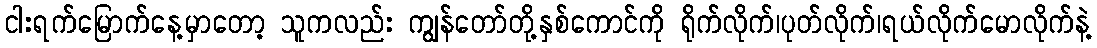
ငါးရက်မြောက်နေ့မှာတော့ သူကလည်း ကျွန်တော်တို့နှစ်ကောင်ကို ရိုက်လိုက်၊ပုတ်လိုက်၊ရယ်လိုက်မောလိုက်နဲ့